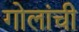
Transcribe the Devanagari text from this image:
गोलांची